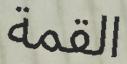
القمة